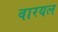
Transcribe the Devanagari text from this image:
वारयल